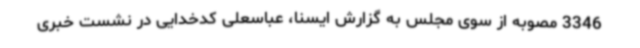
3346 مصوبه از سوی مجلس به گزارش ایسنا، عباسعلی کدخدایی در نشست خبری